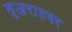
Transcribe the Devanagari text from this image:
गुजरातवर